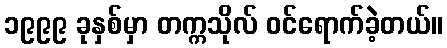
၁၉၉၉ ခုနှစ်မှာ တက္ကသိုလ် ဝင်ရောက်ခဲ့တယ်။